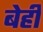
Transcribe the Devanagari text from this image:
बेही